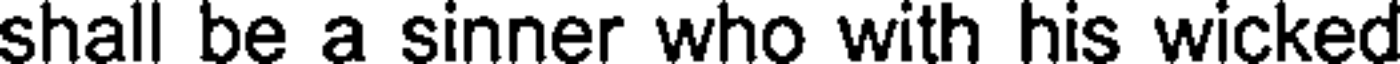
shall be a sinner who with his wicked